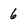
Character: 6